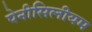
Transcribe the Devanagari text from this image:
पेनीसिलीयम